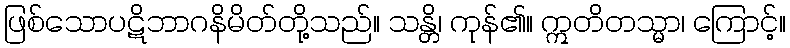
ဖြစ်သောပဋိဘာဂနိမိတ်တို့သည်။ သန္တိ၊ ကုန်၏။ ဣတိတသ္မာ၊ ကြောင့်။